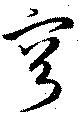
容